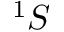
^ 1 S